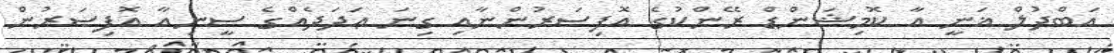
އަބްދުލް ޣަނީ އާ ކޮމިޝަންޑް ރޭންކުގެ އޮފިސަރުންނާއި ގިނަ ޢަދަދެއްގެ ސީނިއާ އޮފިސަރުން